Indian Medical Review
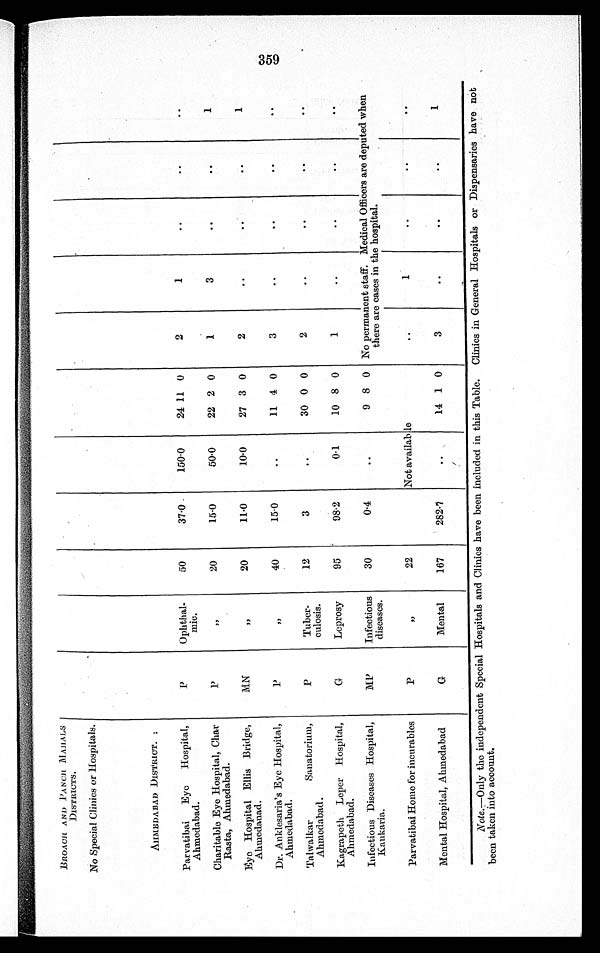
BROACH AND PANCH MAHALS
DI S T RI CT S .
No Special Clinics or Hospitals.
AHMEDABAD DISTRICT·;
Parvatibai Eye Hospital,
Ahmedabad.
P
Ophthal-
mil:·
50
37·0
150·0
24 11 0
2
1
. .
. .
. .
Charitable Eye Hospital, Char
Rasta, Ahmedabad.
P
''
20
15·0
50·0
22 2 0
1
3
. .
. .
1
Eye Hospital Ellis Bridge,
Ahmedabad.
M N
,,
20
11·0
10·0
27 3 0
2
. .
. .
. .
1
Dr. Anklesaria's Eye Hospital,
Ahmedabad.
P
''
40
15·0
. .
11 4 0
3
. .
. .
. .
. .
Talwalkar Sanatorium,
Ahmedabad.
P
Tuber-
culosis·
12
3
· ·
30 0 0
2
. .
. .
. .
. .
Kagrapeth Leper Hospital,
Ahmedabad.
G
Leprosy
95
98·2
0·1
10 8 0
1
· ·
· ·
. .
. .
Infectious Diseases Hospital,
Kaukaria.
MP
Infectious
diseases,
30
0·4
. .
9 8 0 No permanent staff. Medical Officers are deputed when
t her e ar e cas es i n t he hos pi t al .
Parvatibai Home for incurables
P
''
22
Not availab le
. .
1
. .
. .
. .
Mental Hospital, Ahmedabad
G
Mental
167
282·7
. .
14 1 0
3
. .
. .
. .
1
Note.—Only the independent Special Hospitals and Clinics have been included in this Table. Clinics in General Hospitals or Dispensaries have not
been taken into account.
3 5 9